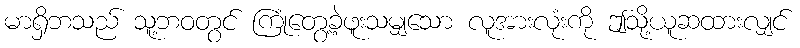
မာရှိဘသည် သူ့ဘဝတွင် ကြုံတွေ့ခဲ့ဖူးသမျှသော လူအားလုံးကို ဤသို့ယူဆထားလျှင်